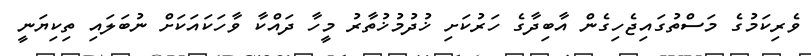
ވެރިކަމުގެ މަސްތުގައިޖެހިގެން އާބިދާގެ ހަރުކަށި ޚުދުމުޚުތާރު މީހާ ދައްކާ ވާހަކައަކަށް ނުބަލައި ތިކިޔަނީ